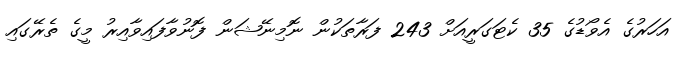
އަހަރުގެ އެވޯޑުގެ 35 ކެޓަގަރީއަށް 243 ފަރާތަކުން ނޮމިނޭޝަން ފޮނުވާފައިވާއިރު މީގެ ތެރޭގައި